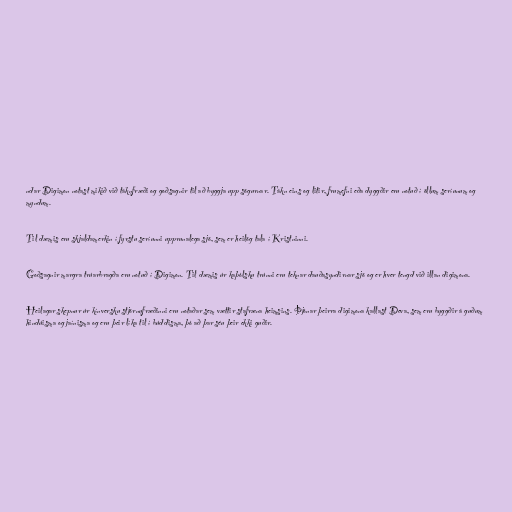
ndar Digimon notast mikið við táknfræði og goðsagnir til að byggja upp sögurnar. Tákn eins og litir, frumefni eða dyggðir eru notuð í öllum seríunum og
myndum.

Til dæmis eru skjaldamerkin í fyrstu seríunni upprunalega sjö, sem er heilög tala í Kristninni.

Goðsagnir margra trúarbragða eru notuð í Digimon. Til dæmis úr kaþólsku trúnni eru teknar dauðasyndirnar sjö og er hver tengd við illan digimona.

Heilagar skepnur úr kínversku stjörnufræðinni eru notaðar sem vættir stafræna heimsins. Þjónar þeirra digimona kallast Deva, sem eru byggðir á guðum
hindúisma og jaínisma og eru þeir líka til í búddisma, þó að þar séu þeir ekki guðir.